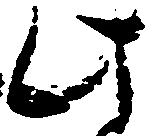
此